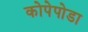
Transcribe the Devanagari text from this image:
कोपेपोडा